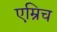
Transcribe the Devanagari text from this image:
एम्रिच